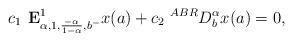
LaTeX: \begin{align*} c_1\textbf{ E}^1_{\alpha,1, \frac{-\alpha}{1-\alpha},b^-}x(a)+ c_2 ~^{ABR}D_b^\alpha x(a)=0,\end{align*}